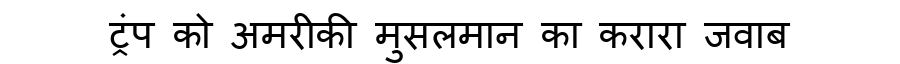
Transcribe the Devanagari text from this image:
ट्रंप को अमरीकी मुसलमान का करारा जवाब